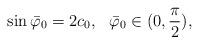
LaTeX: \begin{align*} \sin \bar{\varphi}_0=2c_0,\ \ \bar{\varphi}_0\in (0,\frac{\pi}{2}),\end{align*}